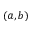
\left( a , b \right)